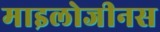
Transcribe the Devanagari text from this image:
माइलोजीनस